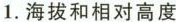
1.海拔和相对高度